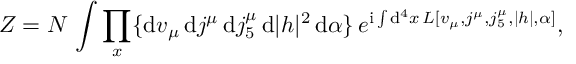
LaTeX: Z = { \cal N } \, \int \prod _ { x } \{ \mathrm { d } v _ { \mu } \, \mathrm { d } j ^ { \mu } \, \mathrm { d } j _ { 5 } ^ { \mu } \, \mathrm { d } | h | ^ { 2 } \, \mathrm { d } \alpha \} \, e ^ { \mathrm { i } \int \mathrm { d } ^ { 4 } x \, { \cal L } [ v _ { \mu } , j ^ { \mu } , j _ { 5 } ^ { \mu } , | h | , \alpha ] } ,